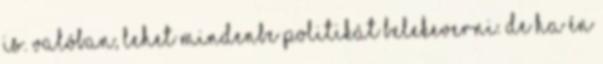
is. Valóban, lehet mindenbe politikát belekeverni. De ha én